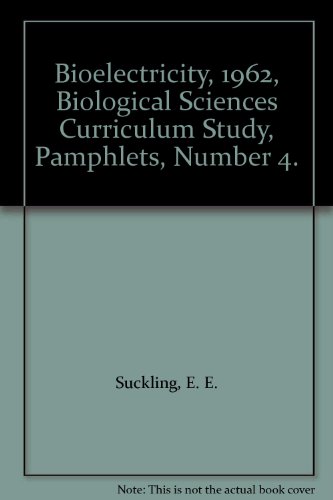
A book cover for Bioelectricity, 1962, Biological Sciences Curriculum Study, Pamphlets, Number 4.; E. E. Suckling; Science & Math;